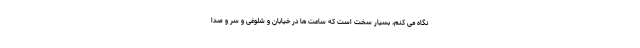
نگاه می کنم، بسیار سخت است که ساعت ها در خیابان و شلوغی و سر و صدا